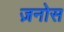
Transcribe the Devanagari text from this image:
ज़नोस